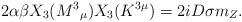
LaTeX: \begin{align*}2\alpha \beta X_{3}(M^{3}{}_{\mu })X_{3}(K^{3\mu })= 2 i D \sigma m_{Z}.\end{align*}